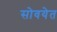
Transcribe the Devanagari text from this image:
सोवयेत